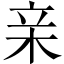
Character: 亲